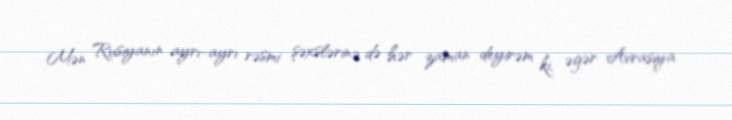
Mən Rusiyanın ayrı-ayrı rəsmi şəxslərinə də hər zaman deyirəm ki, əgər Avrasiya